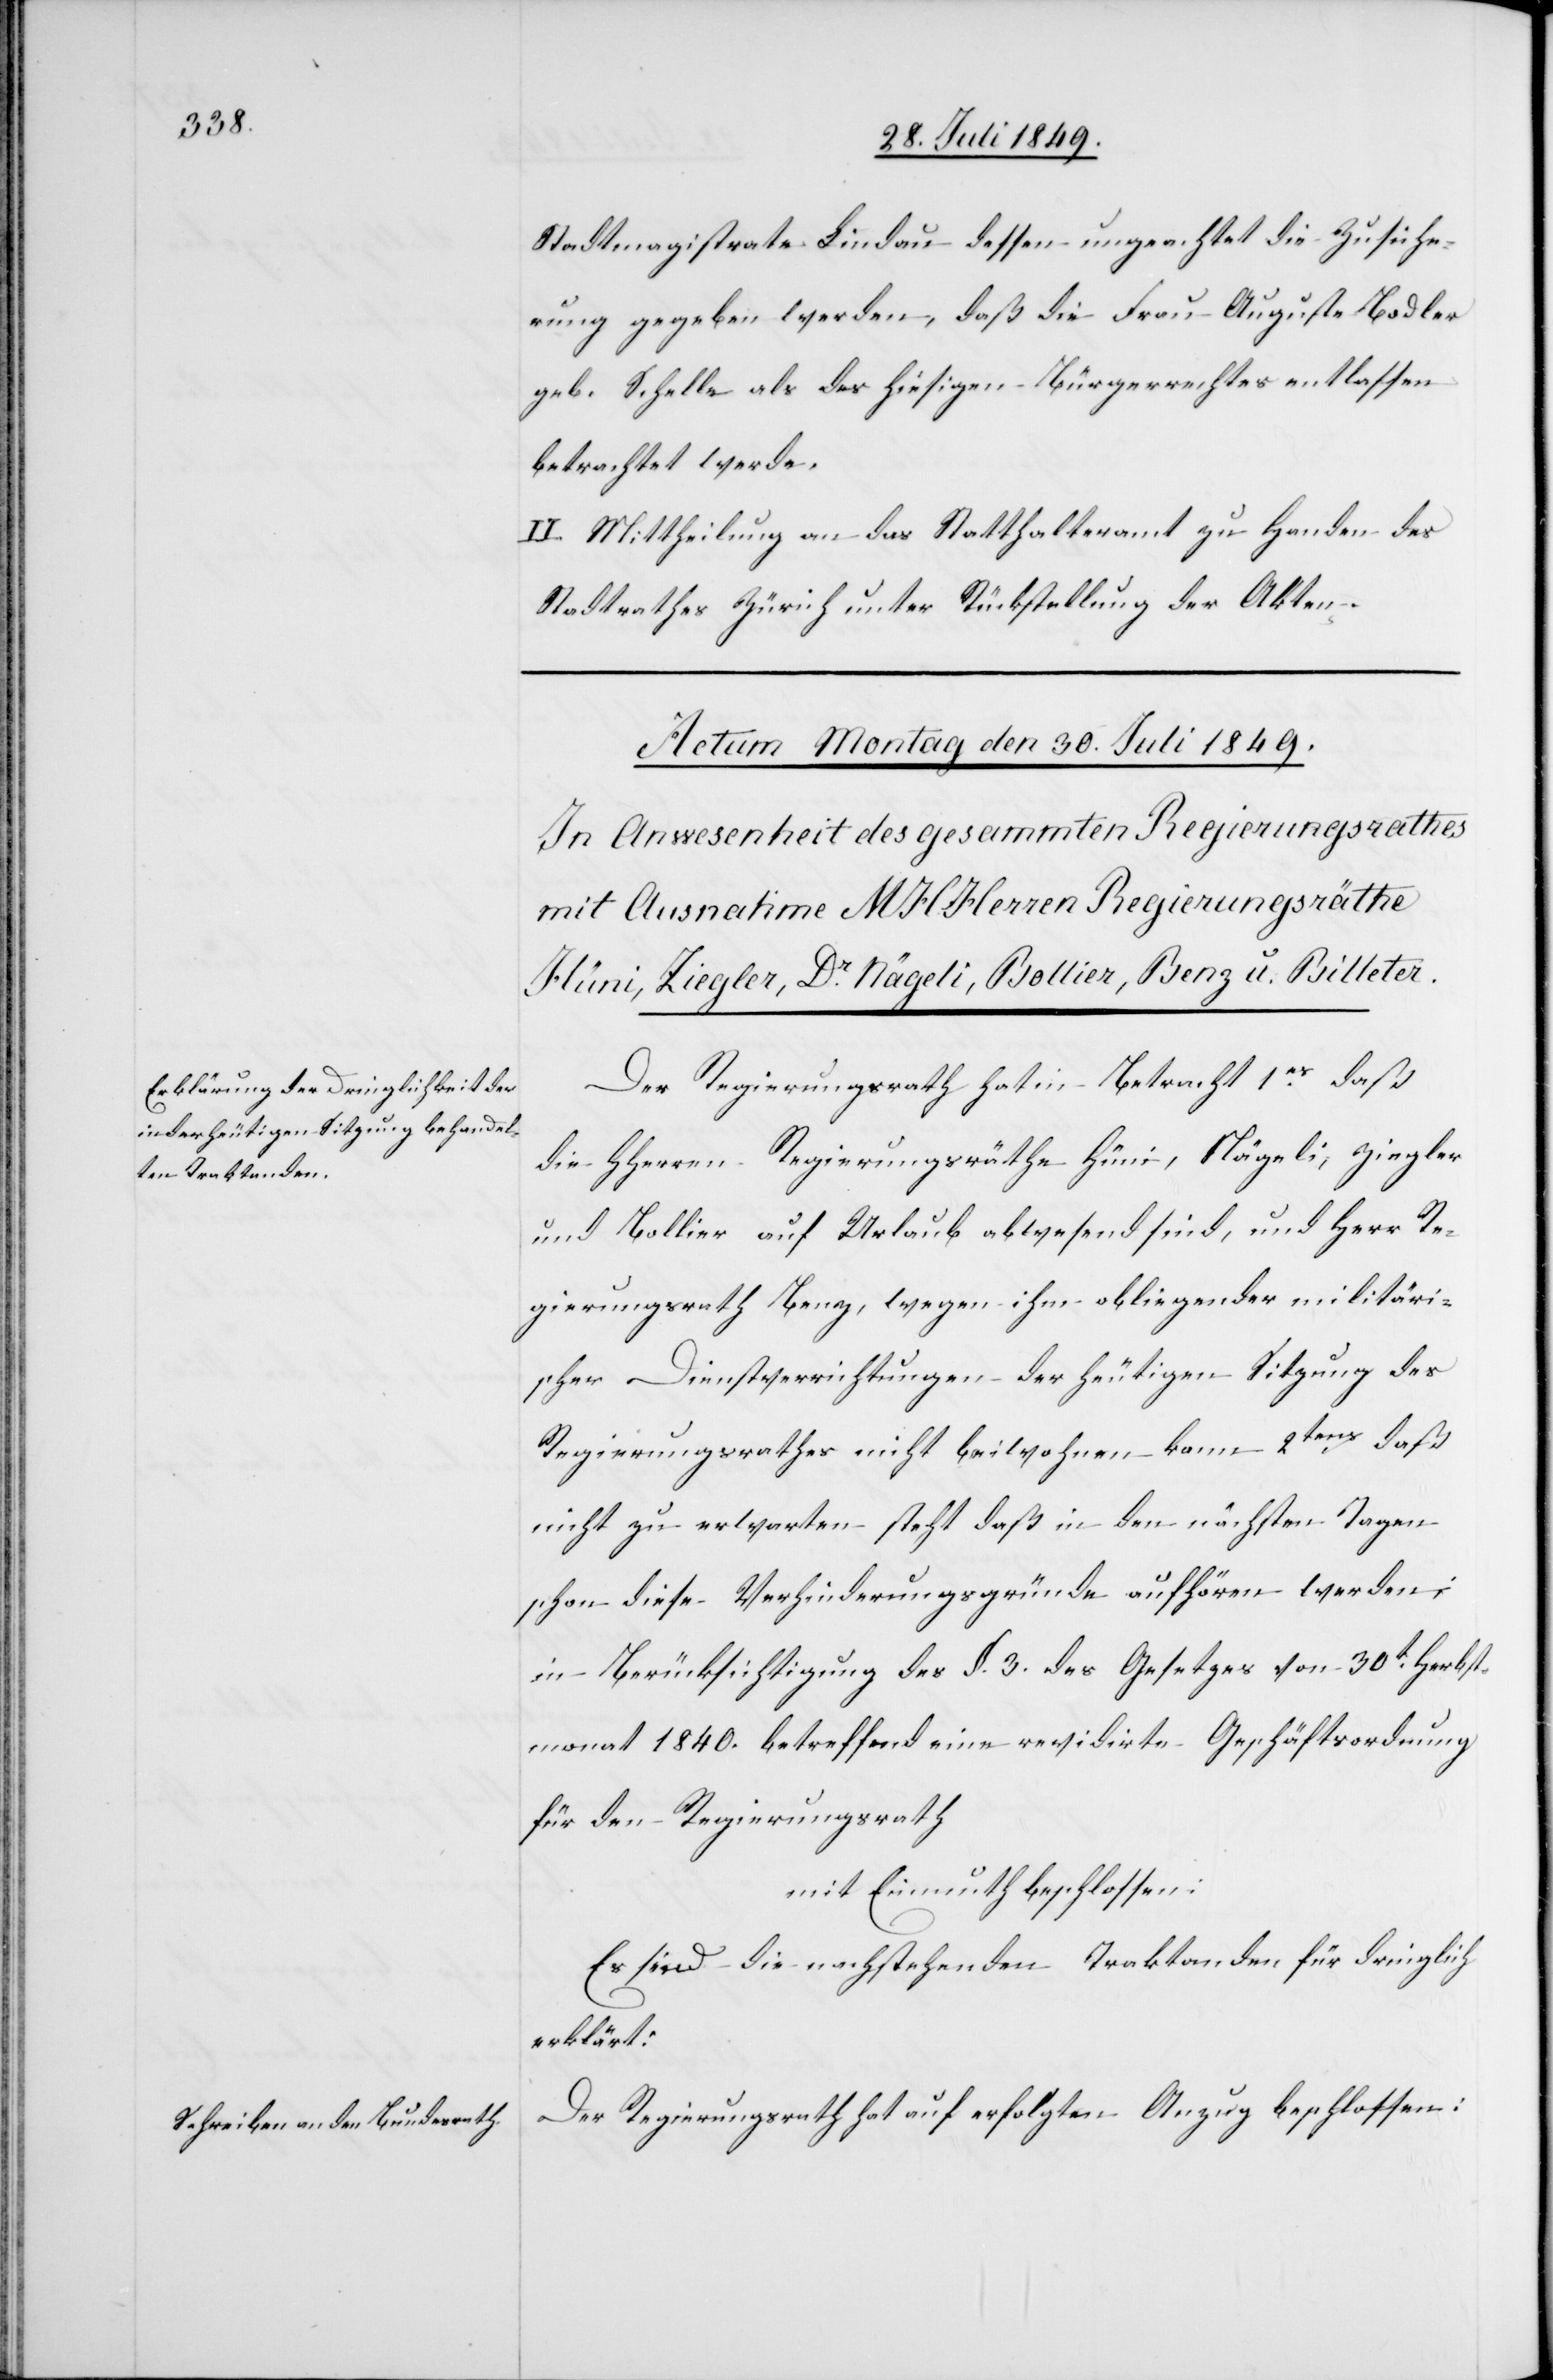
Stadtmagistrate Lindau dessen ungeachtet die Zusiche¬
rung gegeben werden, daß die Frau Auguste Bodler
geb. Schelle als des hiesigen Bürgerrechtes entlassen
betrachtet werde.
II. Mittheilung an das Statthalteramt zu Handen des
Stadtrathes Zürich unter Rückstellung der Akten.
Der Regierungsrath hat in Betracht 1ns daß
die HHerrn Regierungsräthe Hüni, Nägeli, Ziegler
und Bollier auf Urlaub abwesend sind, und Herr Re¬
gierungsrath Benz, wegen ihm obliegenden militäri¬
scher Dienstverrichtungen der heutigen Sitzung des
Regierungsrathes nicht beiwohnen kann. 2tens daß
nicht zu erwarten steht daß in den nächsten Tagen
schon diese Verhinderungsgründe aufhören werden;
in Berücksichtigung des §. 3. des Gesetzes von 30t Herbst¬
monat 1840. betreffend eine revidirte Geschäftsordnung
für den Regierungsrath
mit Einmuth beschlossen:
Es sind die nachstehenden Traktanden für dringlich
erklärt:
Der Regierungsrath hat auf erfolgten Anzug beschlossen: